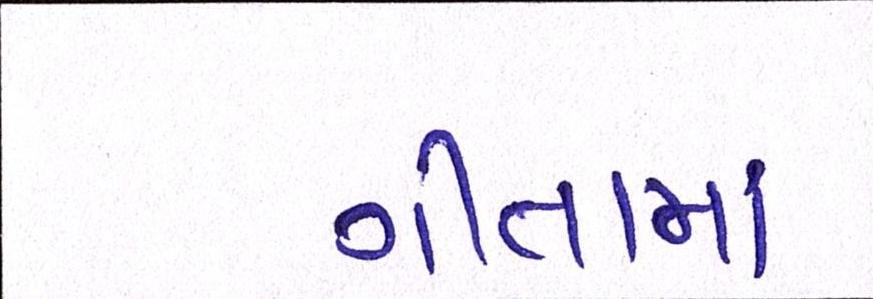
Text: ગીતામાં